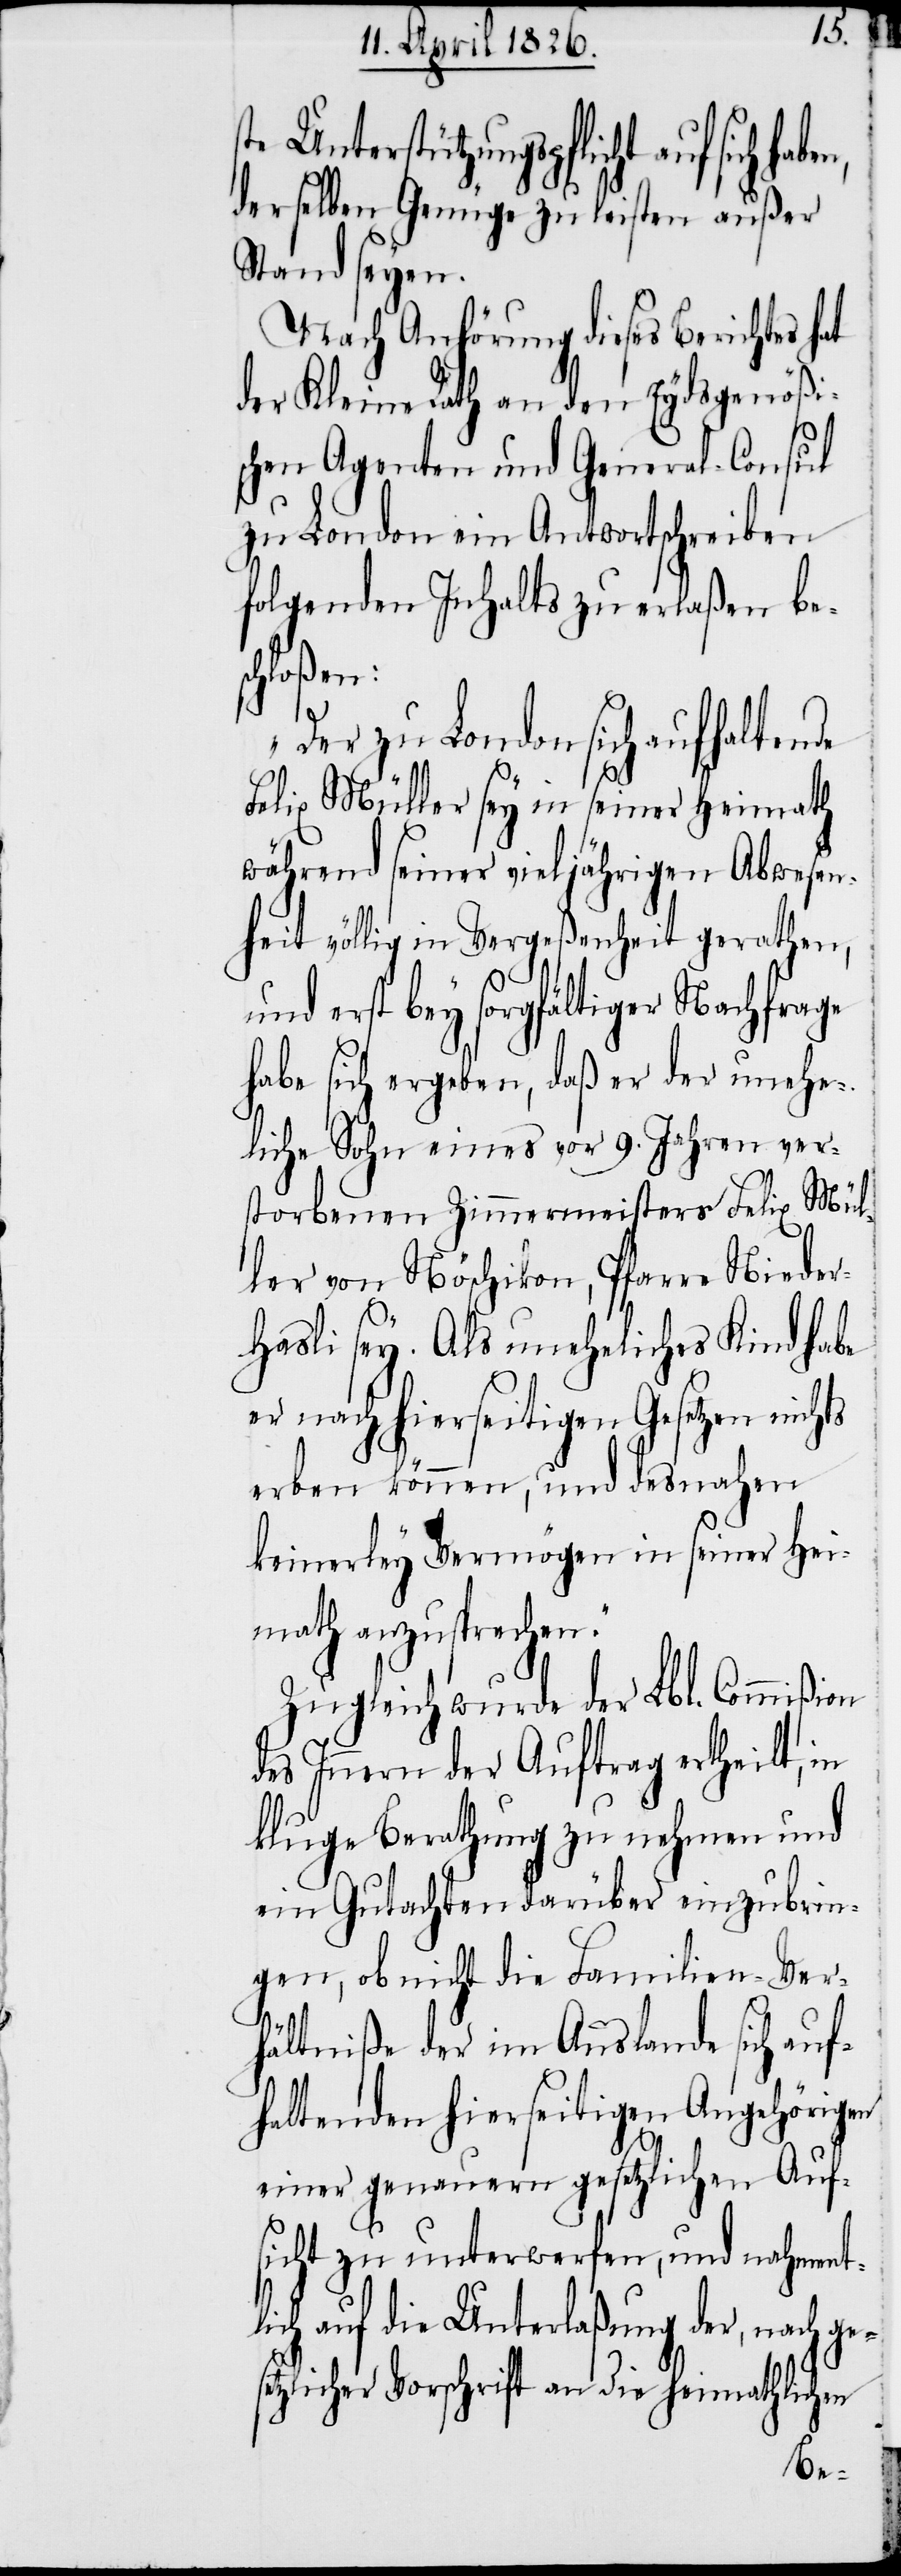
Unterstützungspflicht auf sich
derselben Genüge zu leisten außer
Stand seyen.
Nach Anhörung dieses Berichtes hat
der Kleine Rath an den Eydsgenößi¬
schen Agenten und General-Consul
zu London ein Antwortschreiben
folgenden Inhalts zu erlaßen be¬
schloßen:
„Der zu London sich aufhaltende
Felix Müller sey in seiner Heimath
während seiner vieljährigen Abwesen¬
heit völlig in Vergeßenheit gerathen,
und erst bey sorgfältiger Nachfrage
habe sich ergeben, daß er der unehe¬
liche Sohn eines vor 9. Jahren ver¬
storbenen Zimmermeisters Felix Mül¬
ler von Nöschikon, Pfarre Nieder¬
hasli sey. Als uneheliches Kind hab¬
s¬
er nach hierseitigen Gesetzen nichts
erben können, und desnahen
keinerley Vermögen in seiner Hei¬
math anzusprechen.“
Zugleich wurde der Lbl. Commißion
des Innern der Auftrag ertheilt, in
kluge Berathung zu nehmen und
ein Gutachten darüber einzubrin¬
gen, ob nicht die Familien-Ver¬
hältniße der im Auslande sich auf¬
haltenden hierseitigen Angehörigen
einer genauern gesetzlichen Auf¬
sicht zu unterwerfen, und nahment¬
lich auf die Unterlaßung der, nach ge¬
etzlicher Vorschrift an die heimathlichen